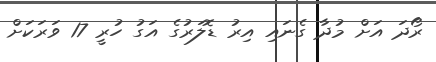
ރޯދަ އަށް މުދާ ގެނައި އިރު ޑޮލަރުގެ އަގު ހުރީ 17 ވަރަކަށް